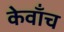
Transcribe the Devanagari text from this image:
केवाँच